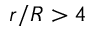
r / R > 4